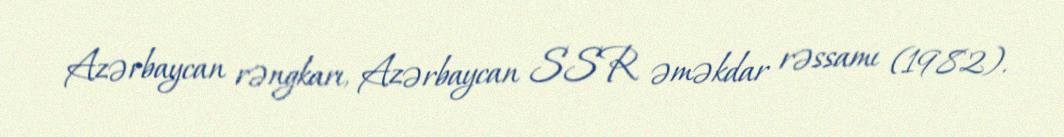
Azərbaycan rəngkarı, Azərbaycan SSR əməkdar rəssamı (1982).